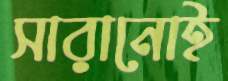
সারানোই